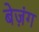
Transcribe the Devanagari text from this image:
बेज़ंग